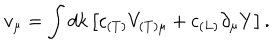
LaTeX: v _ { \mu } = \int d k \left[ c _ { ( T ) } V _ { ( T ) \mu } + c _ { ( L ) } \partial _ { \mu } Y \right] .